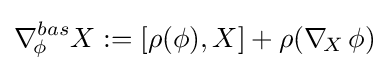
\nabla _{\!\phi \,}^{bas}X:=[\rho (\phi ),X]+\rho (\nabla _{\!X\,}\phi )